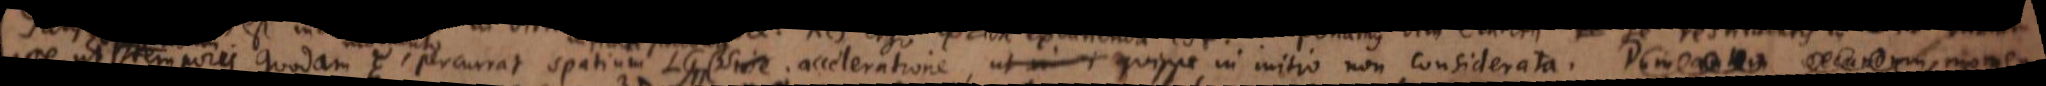
esse, ut temporis quodam ξ, percurrat spatium LG ⊓ β sine acceleratione, ut in quippe in initio non considerata. Dum autem secundum momen-